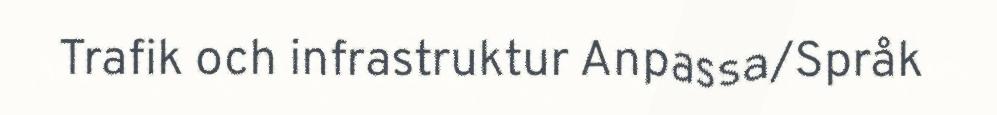
Trafik och infrastruktur Anpassa/Språk